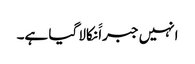
انہیں جبراََ نکالا گیا ہے۔